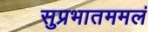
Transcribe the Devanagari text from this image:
सुप्रभातममलं